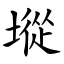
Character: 㙡